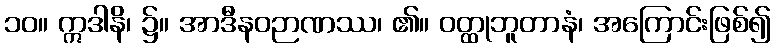
၁၀။ ဣဒါနိ၊ ၌။ အာဒီနဝဉာဏဿ၊ ၏။ ဝတ္ထုဘူတာနံ၊ အကြောင်းဖြစ်၍